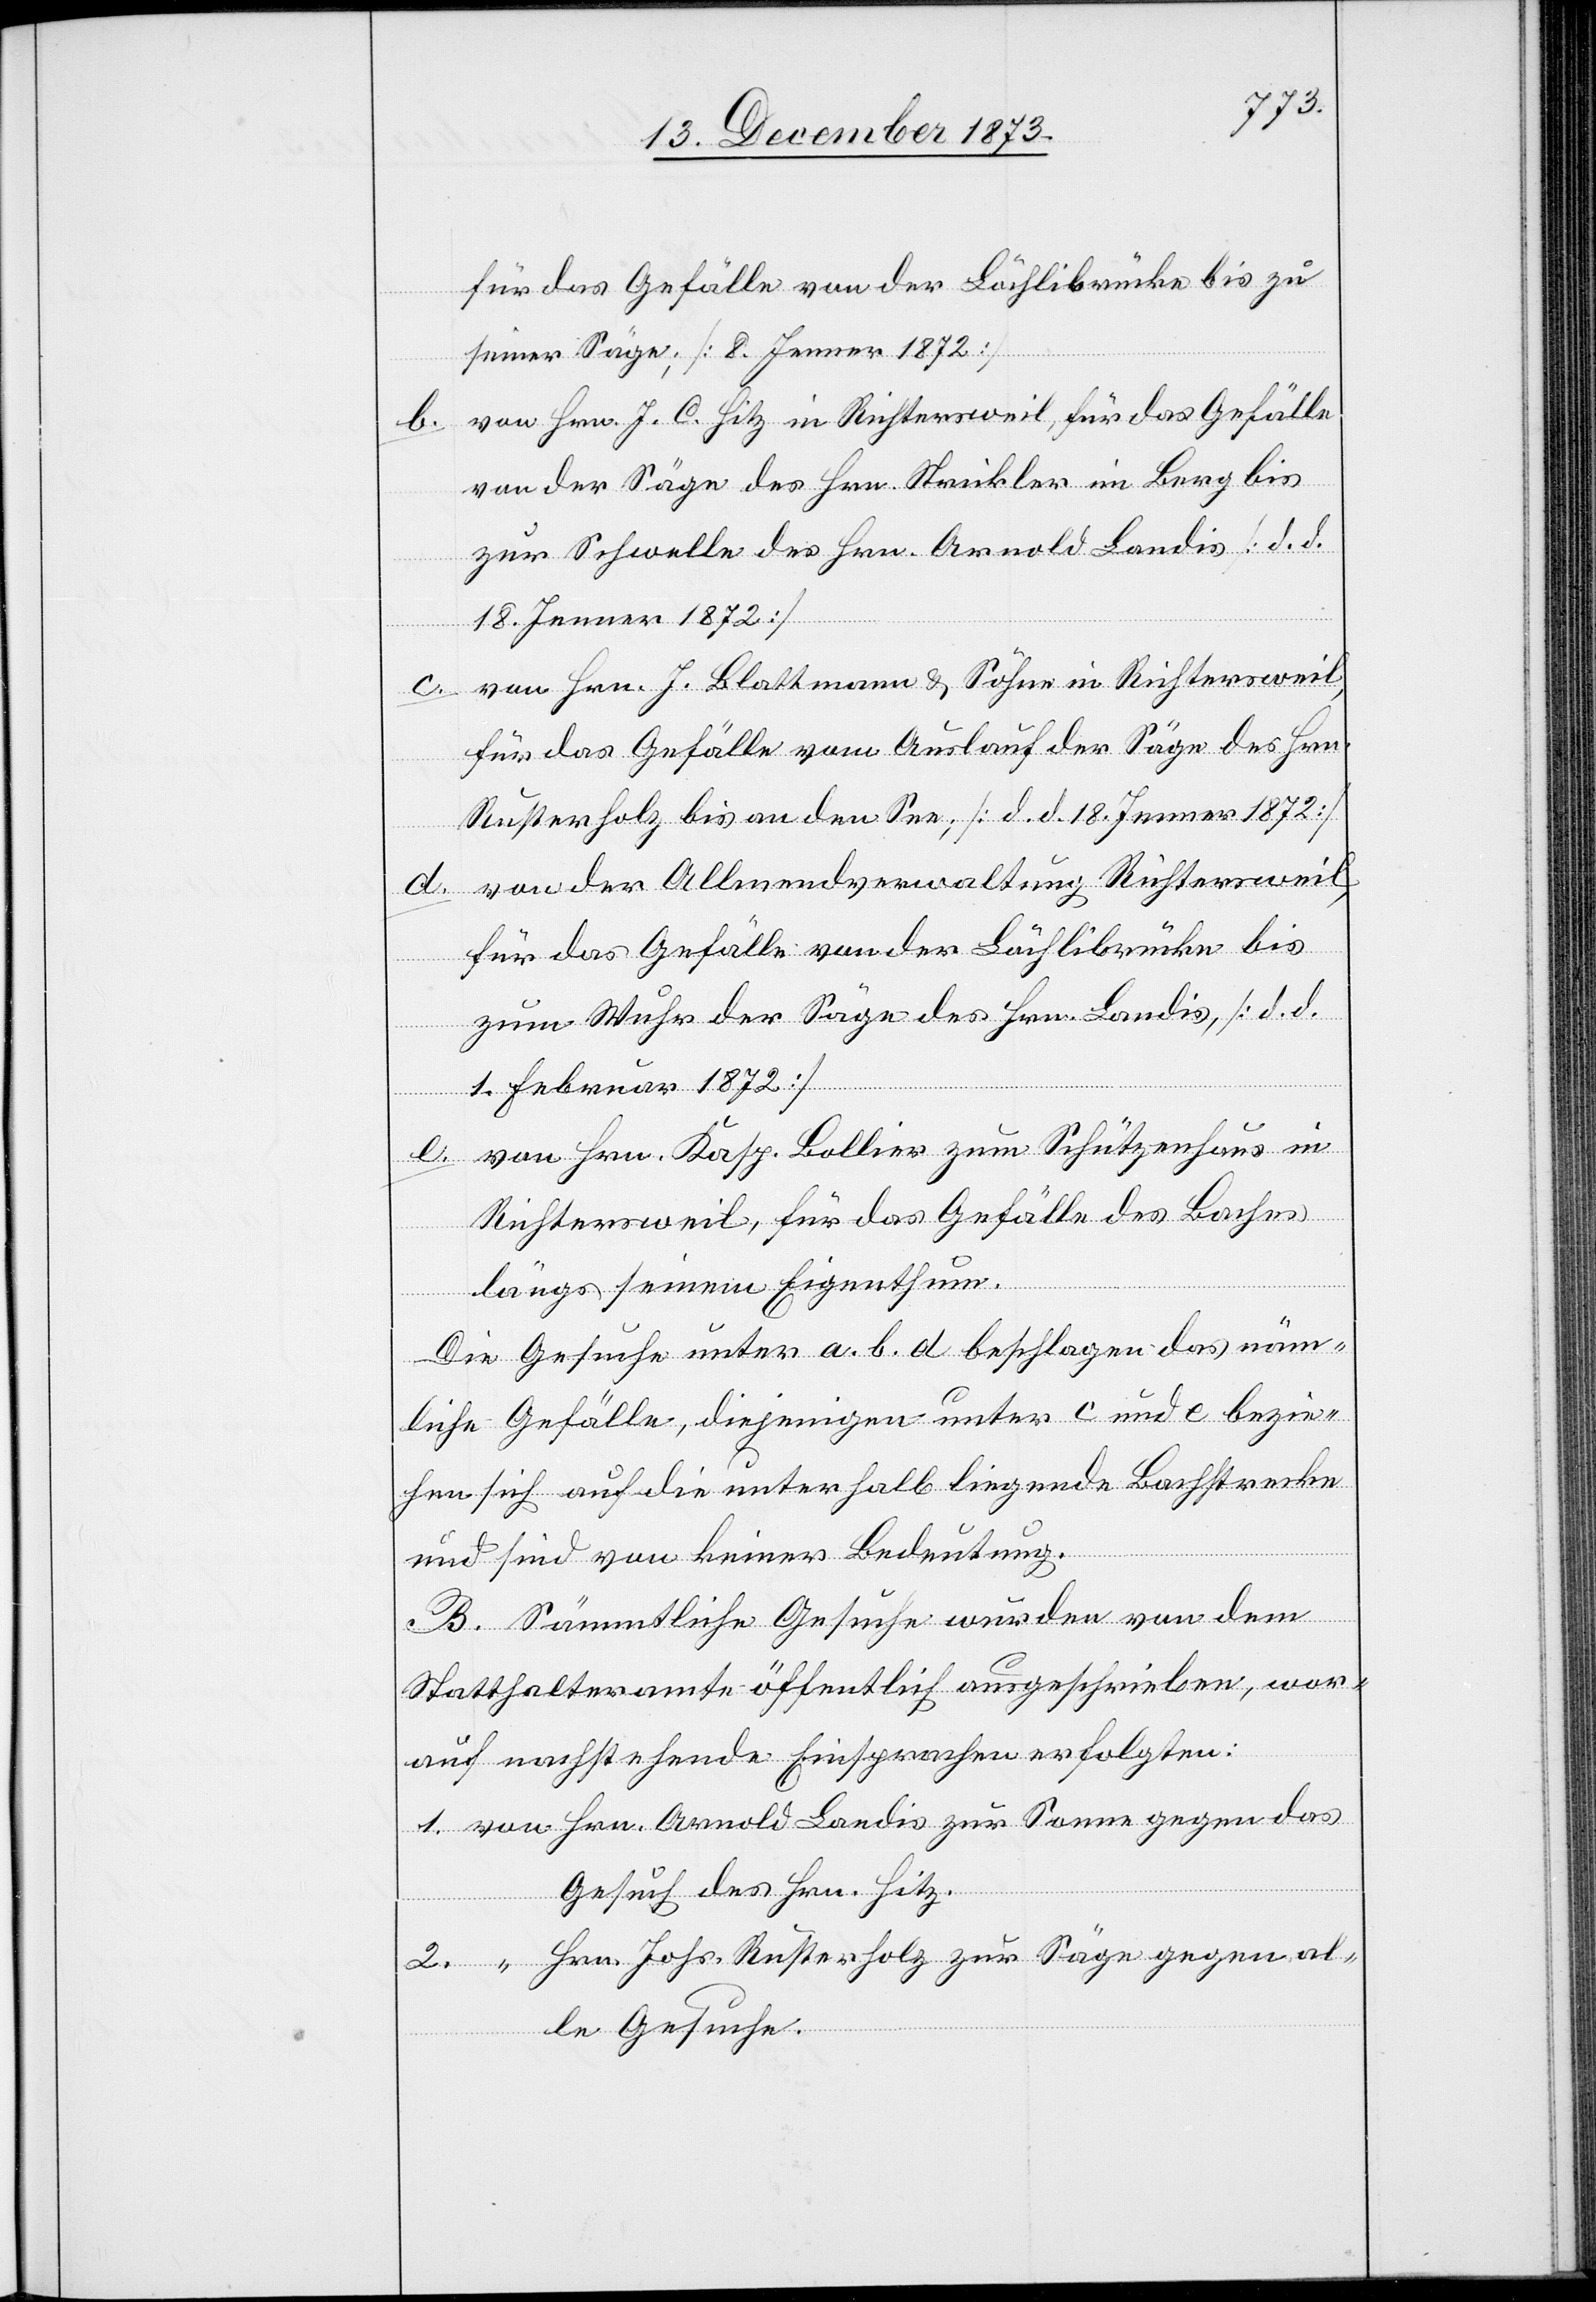
für das Gefälle von der Löchlibrücke bis zu
seiner Säge; [8. Jenner 1872]
b. von Hrn. J. C. Hitz in Richtersweil, für das Gefälle
von der Säge des Hrn. Strickler im Berg bis
zur Schwelle des Hrn. Arnold Landis [d. d.
“
18. Jenner 1872]
c. von Hrn. J. Blattmann & Söhne in Richtersweil,
für das Gefälle vom Auslauf der Säge des Hrn.
Rusterholz bis an den See; [d. d. 18. Jenner 1872]
d. von der Allmendverwaltung Richtersweil,
für das Gefälle von der Löchlibrücke bis
zum Wuhr der Säge des Hrn. Landis, [d. d.
1. Februar 1872]
von Hrn. Kasp. Bollier zum Schützenhaus in
das
Richtersweil, für das Gefälle des Baches
von
längs seinem Eigenthum.
Die Gesuche unter a. b. d. beschlagen das näm¬
liche Gefälle, diejenigen unter c und e bezie¬
hen sich auf die unterhalb liegende Bachstrecke
und sind von keiner Bedeutung.
B. Sämmtliche Gesuche wurden von dem
Statthalteramte öffentlich ausgeschrieben, wor¬
auf nachstehende Einsprachen erfolgten:
Gesuch des Hrn. Hitz.
gegen
Hrn. Johs. Rusterholz zur Säge gegen al¬
le Gesuche.